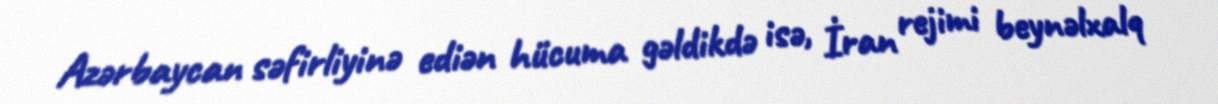
Azərbaycan səfirliyinə ediən hücuma gəldikdə isə, İran rejimi beynəlxalq